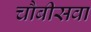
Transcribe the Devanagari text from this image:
चौबीसवा